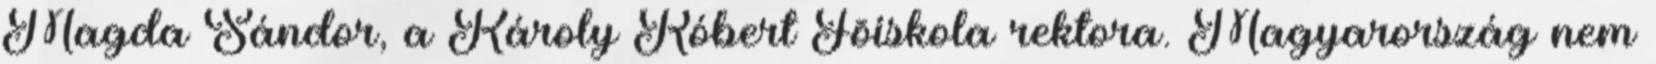
Magda Sándor, a Károly Róbert Fõiskola rektora. Magyarország nem